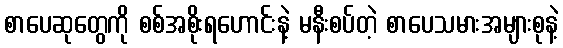
စာပေဆုတွေကို စစ်အစိုးရဟောင်းနဲ့ မနီးစပ်တဲ့ စာပေသမားအများစုနဲ့